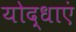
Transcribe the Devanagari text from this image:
योद्धाएं